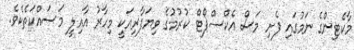
މާކެޓިންގެ ނަމުގައި ފެށި މަސް އެކްސްޕޯޓް ކުރުމުގެ ވިޔަފާރިއަކީ މިހާރު އާއިލީ މަސައްކަތެކެވެ.